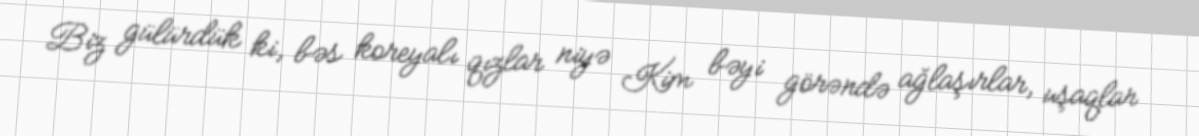
Biz gülürdük ki, bəs koreyalı qızlar niyə Kim bəyi görəndə ağlaşırlar, uşaqlar